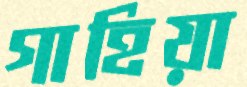
গাহিয়া